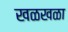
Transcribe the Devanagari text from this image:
खळखळा